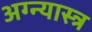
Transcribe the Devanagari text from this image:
अग्न्यास्त्र